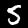
Digit: 5